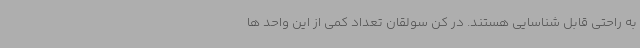
به راحتی قابل شناسایی هستند. در کن سولقان تعداد کمی از این واحد ها